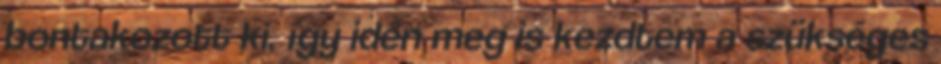
bontakozott ki, így idén meg is kezdtem a szükséges